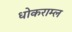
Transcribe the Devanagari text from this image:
धोकराम्ल